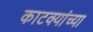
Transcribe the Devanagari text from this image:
काटक्यांच्या